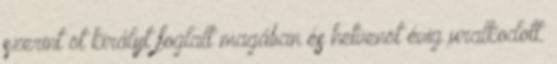
szerint öt királyt foglalt magában és hetvenöt évig uralkodott.